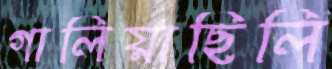
গালিয়াছিলি